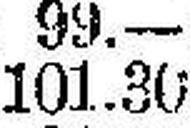
101.30